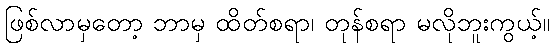
ဖြစ်လာမှတော့ ဘာမှ ထိတ်စရာ၊ တုန်စရာ မလိုဘူးကွယ့်။